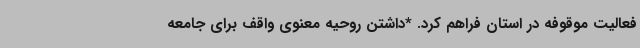
فعالیت موقوفه در استان فراهم کرد. *داشتن روحیه معنوی واقف برای جامعه